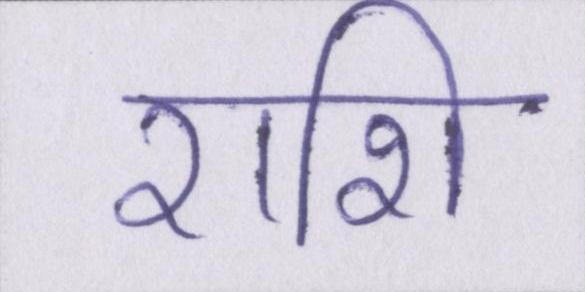
राशि